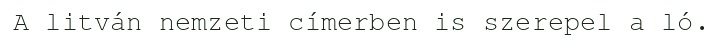
A litván nemzeti címerben is szerepel a ló.